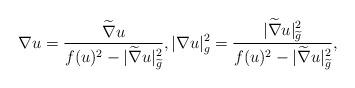
LaTeX: \begin{align*}\nabla u=\frac{\widetilde{\nabla}u}{f(u)^2-|\widetilde{\nabla}u|_{\widetilde{g}}^2}, |\nabla u|_g^2=\frac{|\widetilde{\nabla}u|_{\widetilde{g}}^2}{f(u)^2-|\widetilde{\nabla}u|_{\widetilde{g}}^2},\end{align*}